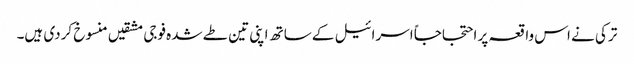
ترکی نے اس واقعہ پر احتجاجاً اسرائیل کے ساتھ اپنی تین طے شدہ فوجی مشقیں منسوخ کردی ہیں۔